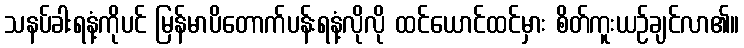
သနပ်ခါးရနံ့ကိုပင် မြန်မာပိတောက်ပန်းရနံ့လိုလို ထင်ယောင်ထင်မှား စိတ်ကူးယဉ်ချင်လာ၏။